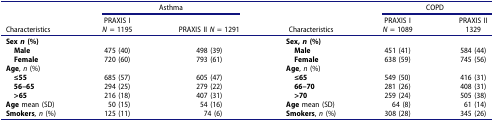
|  | <COLSPAN=2> Asthma |  | <COLSPAN=2> COPD |
 | Characteristics | PRAXIS IN = 1195 | PRAXIS II N = 1291 | Characteristics | PRAXIS IN = 1089 | PRAXIS II1329 |
 | --- | --- | --- | --- | --- | --- |
 | Sex n (%) |  |  | Sex, n (%) |  |  |
 | Male | 475 (40) | 498 (39) | Male | 451 (41) | 584 (44) |
 | Female | 720 (60) | 793 (61) | Female | 638 (59) | 745 (56) |
 | Age, n (%) |  |  | Age, n (%) |  |  |
 | ≤55 | 685 (57) | 605 (47) | ≤65 | 549 (50) | 416 (31) |
 | 56–65 | 294 (25) | 279 (22) | 66–70 | 281 (26) | 408 (31) |
 | >65 | 216 (18) | 407 (31) | >70 | 259 (24) | 505 (38) |
 | Age mean (SD) | 50 (15) | 54 (16) | Age mean (SD) | 64 (8) | 61 (14) |
 | Smokers, n (%) | 125 (11) | 74 (6) | Smokers, n (%) | 308 (28) | 345 (26) |